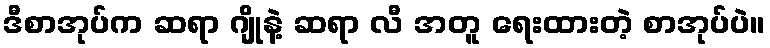
ဒီစာအုပ်က ဆရာ ဂျိုနဲ့ ဆရာ လီ အတူ ရေးထားတဲ့ စာအုပ်ပဲ။